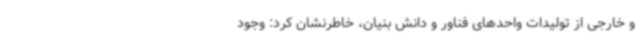
و خارجی از تولیدات واحدهای فناور و دانش بنیان، خاطرنشان کرد: وجود